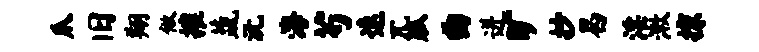
爪旧翔做摧蔬沅海芍速兀觚曲迸旷抄曷淫漱掠